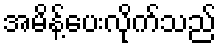
အမိန့်ပေးလိုက်သည်